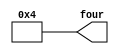
module four(four);
	output [31:0] four;

	assign four = 32'd4;
endmodule